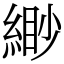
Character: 緲